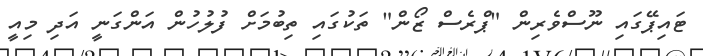
ޓައިޕޭގައި ނޫސްވެރިން "ޕްރެސް ޒޯން" ތަކުގައި ތިބުމަށް ފުލުހުން އަންގަނީ އަދި މިއީ